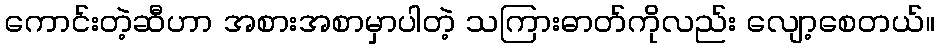
ကောင်းတဲ့ဆီဟာ အစားအစာမှာပါတဲ့ သကြားဓာတ်ကိုလည်း လျော့စေတယ်။